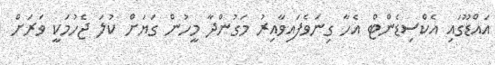
އައްޑޫގައި އެކްސިޑެންޓް އެހާ ގިނަވެފައިވާއިރު މަގުންދާ މީހުން ގަޔަށް ކުލަ ޖެހުމަކީ ވަރަށް